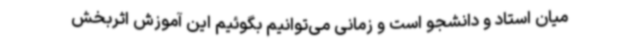
میان استاد و دانشجو است و زمانی می‌توانیم بگوئیم این آموزش اثربخش